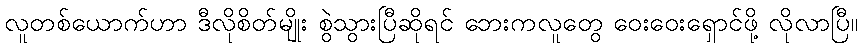
လူတစ်ယောက်ဟာ ဒီလိုစိတ်မျိုး စွဲသွားပြီဆိုရင် ဘေးကလူတွေ ဝေးဝေးရှောင်ဖို့ လိုလာပြီ။